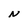
Character: N